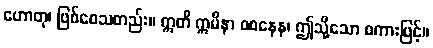
ဟောတု၊ ဖြစ်စေသတည်း။ ဣတိ ဣမိနာ ဝစနေန၊ ဤသို့သော စကားဖြင့်။